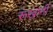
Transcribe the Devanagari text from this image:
रूंखानी